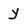
Character: y